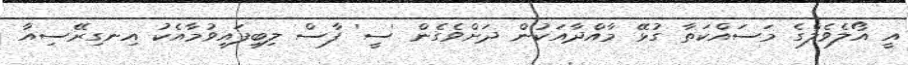
އީ އޯލެވެލްގެ މަސައްކަތާ ގުޅޭ މާއްދާއަކުން ދަށްވެގެން 'ސީ' ފާސް ލިބިފައިވުމާއެކު އިނގިރޭސިއާ